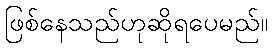
ဖြစ်နေသည်ဟုဆိုရပေမည်။